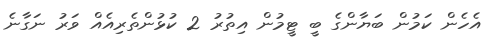
އެހެން ކަމުން ބަޔާންގެ ބީ ޓީމުން އިތުރު 2 ކުޅުންތެރިއެއް ވަރު ނަގާނެ